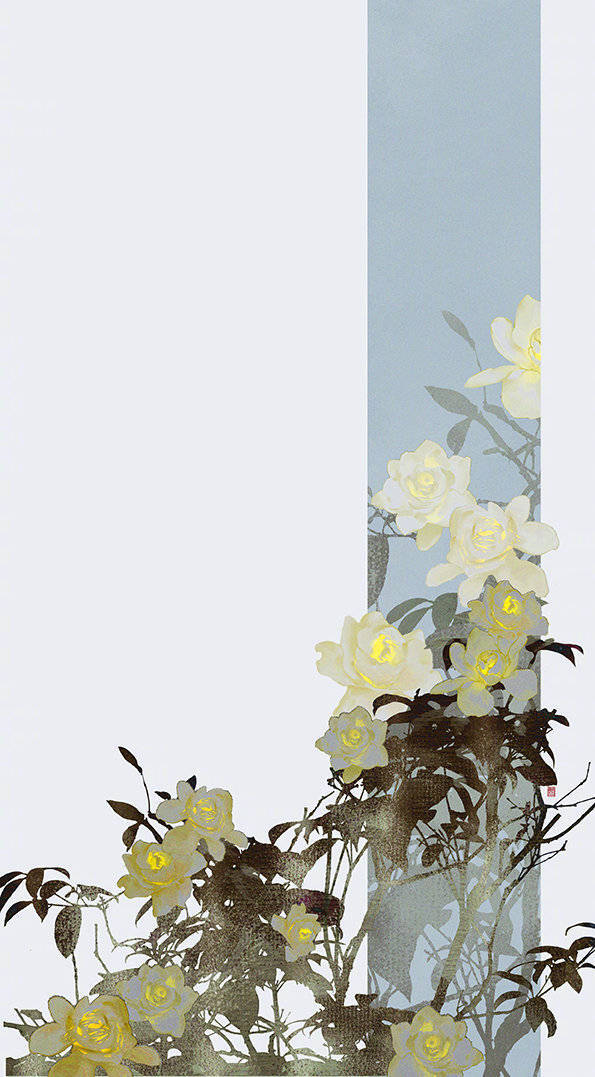
花明月暗笼轻雾，今宵好向郎边去。